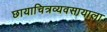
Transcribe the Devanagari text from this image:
छायाचित्रव्यवसायाला